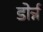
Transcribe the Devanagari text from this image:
डोर्न्न